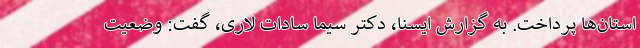
استان‌ها پرداخت. به گزارش ایسنا، دکتر سیما سادات لاری، گفت: وضعیت